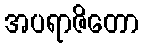
အပရာဇိတော